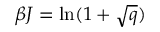
\beta J = \ln ( 1 + { \sqrt { q } } )